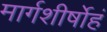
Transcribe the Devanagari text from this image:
मार्गशीर्षोहं